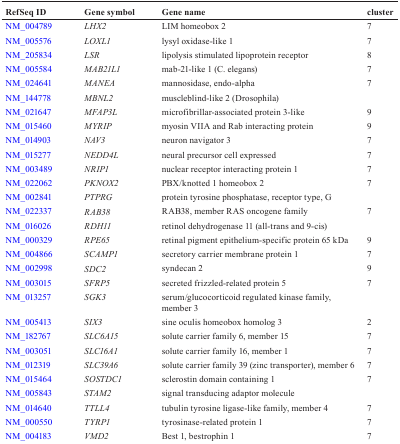
| RefSeq ID | Gene symbol | Gene name | cluster |
 | --- | --- | --- | --- |
 | NM_004789 | LHX2 | LIM homeobox 2 | 7 |
 | NM_005576 | LOXL1 | lysyl oxidase-like 1 | 7 |
 | NM_205834 | LSR | lipolysis stimulated lipoprotein receptor | 8 |
 | NM_005584 | MAB21L1 | mab-21-like 1 (C. elegans) | 7 |
 | NM_024641 | MANEA | mannosidase, endo-alpha | 7 |
 | NM_144778 | MBNL2 | muscleblind-like 2 (Drosophila) |  |
 | NM_021647 | MFAP3L | microfibrillar-associated protein 3-like | 9 |
 | NM_015460 | MYRIP | myosin VIIA and Rab interacting protein | 9 |
 | NM_014903 | NAV3 | neuron navigator 3 | 7 |
 | NM_015277 | NEDD4L | neural precursor cell expressed | 7 |
 | NM_003489 | NRIP1 | nuclear receptor interacting protein 1 | 7 |
 | NM_022062 | PKNOX2 | PBX/knotted 1 homeobox 2 | 7 |
 | NM_002841 | PTPRG | protein tyrosine phosphatase, receptor type, G |  |
 | NM_022337 | RAB38 | RAB38, member RAS oncogene family | 7 |
 | NM_016026 | RDH11 | retinol dehydrogenase 11 (all-trans and 9-cis) |  |
 | NM_000329 | RPE65 | retinal pigment epithelium-specific protein 65 kDa | 9 |
 | NM_004866 | SCAMP1 | secretory carrier membrane protein 1 | 7 |
 | NM_002998 | SDC2 | syndecan 2 | 9 |
 | NM_003015 | SFRP5 | secreted frizzled-related protein 5 | 7 |
 | NM_013257 | SGK3 | serum/glucocorticoid regulated kinase family, member 3 |  |
 | NM_005413 | SIX3 | sine oculis homeobox homolog 3 | 2 |
 | NM_182767 | SLC6A15 | solute carrier family 6, member 15 | 7 |
 | NM_003051 | SLC16A1 | solute carrier family 16, member 1 | 7 |
 | NM_012319 | SLC39A6 | solute carrier family 39 (zinc transporter), member 6 | 7 |
 | NM_015464 | SOSTDC1 | sclerostin domain containing 1 | 7 |
 | NM_005843 | STAM2 | signal transducing adaptor molecule |  |
 | NM_014640 | TTLL4 | tubulin tyrosine ligase-like family, member 4 | 7 |
 | NM_000550 | TYRP1 | tyrosinase-related protein 1 | 7 |
 | NM_004183 | VMD2 | Best 1, bestrophin 1 | 7 |